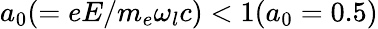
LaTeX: a_{0}(=eE/m_{e}\omega_{l}c)<1(a_{0}=0.5)